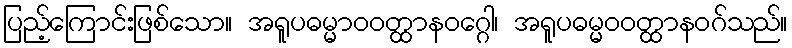
ပြည့်ကြောင်းဖြစ်သော။ အရူပဓမ္မာဝဝတ္ထာနဝဂ္ဂေါ၊ အရူပဓမ္မဝဝတ္ထာနဝဂ်သည်။